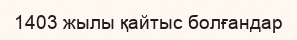
1403 жылы қайтыс болғандар